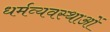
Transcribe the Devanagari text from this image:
धर्मव्यवस्थाओं